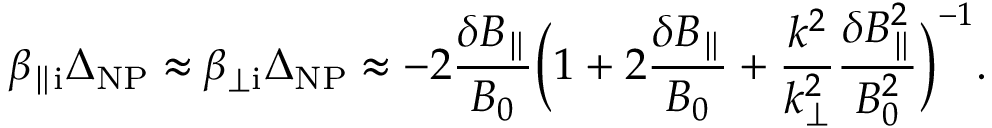
\beta _ { \parallel \mathrm { i } } \Delta _ { \mathrm { N P } } \approx \beta _ { \perp \mathrm { i } } \Delta _ { \mathrm { N P } } \approx - 2 \frac { \delta B _ { \parallel } } { B _ { 0 } } \biggl ( 1 + 2 \frac { \delta B _ { \parallel } } { B _ { 0 } } + \frac { k ^ { 2 } } { k _ { \perp } ^ { 2 } } \frac { \delta B _ { \parallel } ^ { 2 } } { B _ { 0 } ^ { 2 } } \biggr ) ^ { - 1 } .